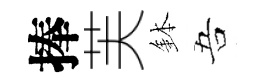
捧芙鉢吾